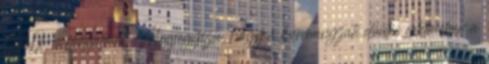
M0-s forgalmát. Megjegyezte, hogy a kormányzati döntés értelmében a